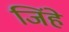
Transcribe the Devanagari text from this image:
जिंहे